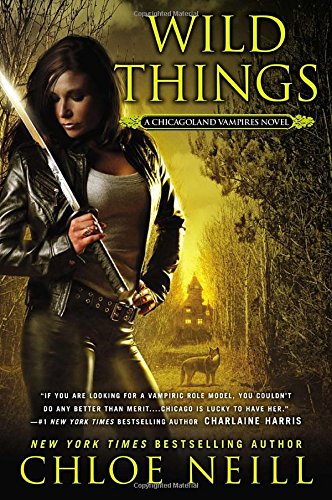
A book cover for Wild Things (Chicagoland Vampires); Chloe Neill; Romance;